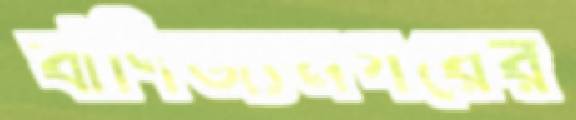
বাণিজ্যনগরের